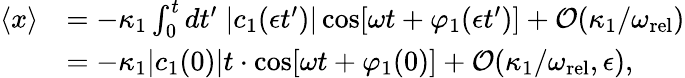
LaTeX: \begin{array}{rl}{\langle x\rangle}&{=-\kappa_{1}\int_{0}^{t}dt^{\prime}\; |c_{1}(\epsilon t^{\prime})|\cos[\omega t+\varphi_{1}(\epsilon t^{\prime})]+\mathcal{O}(\kappa_{1}/\omega_{\mathrm{rel}})}\\ &{=-\kappa_{1}|c_{1}(0)|t\cdot\cos[\omega t+\varphi_{1}(0)]+\mathcal{O}(\kappa_{1}/\omega_{\mathrm{rel}},\epsilon),}\end{array}